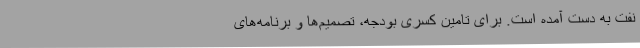
نفت به دست آمده است. برای تامین کسری بودجه، تصمیم‌ها و برنامه‌های